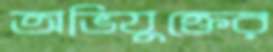
অভিযুক্তের